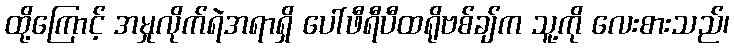
ထို့ကြောင့် အမှုလိုက်ရဲအရာရှိ ပေါ်ဖီရီပီထရိုဗစ်ချ်က သူ့ကို လေးစားသည်၊